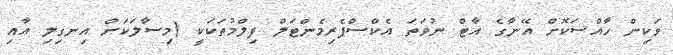
ވަކިން ހާއްސަކޮށް އޭނާގެ އާޓް ނުވަތަ އެކްސްޕެރިމެންޓަލް ފިލްމުތަކަކީ (މިސާލަކަށް އިނގިލި އާއި